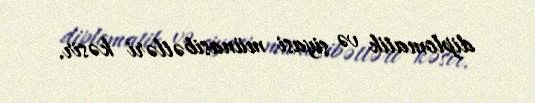
diplomatik və siyasi münasibətləri kəsir.